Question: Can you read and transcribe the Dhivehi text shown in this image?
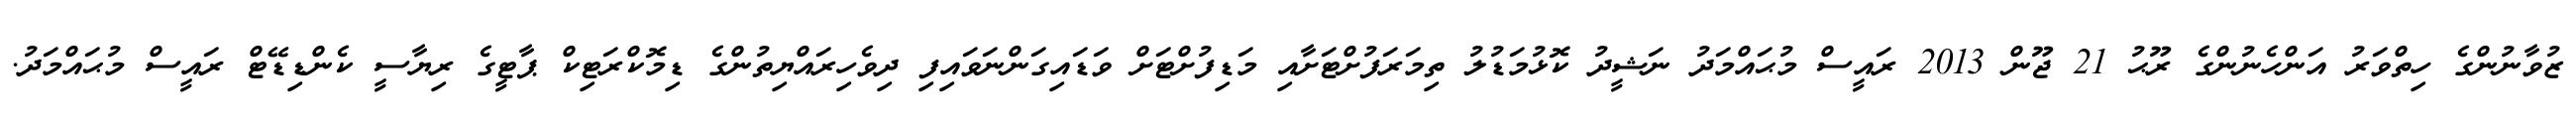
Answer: ޒުވާނުންގެ ހިތްވަރު އަންހެނުންގެ ރޫޙު 21 ޖޫން 2013 ރައީސް މުޙައްމަދު ނަޝީދު ކޮޅުމަޑުލު ތިމަރަފުށްޓަށާއި މަޑިފުށްޓަށް ވަޑައިގަންނަވައިފި ދިވެހިރައްޔިތުންގެ ޑިމޮކްރަޓިކް ޕާޓީގެ ރިޔާސީ ކެންޑިޑޭޓް ރައީސް މުޙައްމަދު.